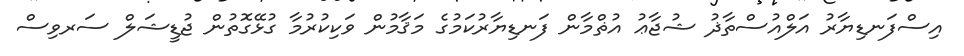
އިސްފަނޑިޔާރު އަލްއުސްތާޛު ޝުޖާޢު އުޡްމާން ފަނޑިޔާރުކަމުގެ މަޤާމުން ވަކިކުރުމާ ގުޅޭގޮތުން ޖުޑީޝަލް ސަރވިސް